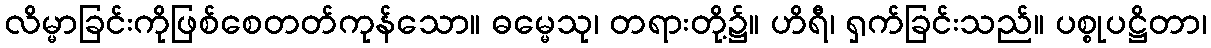
လိမ္မာခြင်းကိုဖြစ်စေတတ်ကုန်သော။ ဓမ္မေသု၊ တရားတို့၌။ ဟိရီ၊ ရှက်ခြင်းသည်။ ပစ္စုပဋ္ဌိတာ၊